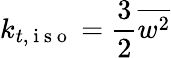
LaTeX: k_{t,\mathrm{~i~s~o~}}=\frac{3}{2}\overline{{w^{2}}}